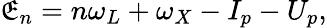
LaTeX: \mathfrak{E}_{n}=n\omega_{L}+\omega_{X}-I_{p}-U_{p},